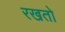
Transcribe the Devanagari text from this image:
रखतो